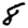
Digit: 8